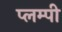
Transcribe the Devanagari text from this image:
प्लम्पी